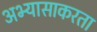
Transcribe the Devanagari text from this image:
अभ्यासाकरता